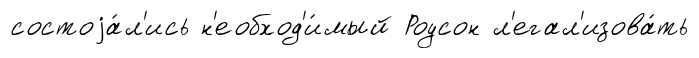
состоjа́л'ись н'еобход'и́мый Роусон л'егал'изова́ть